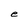
Character: e